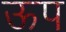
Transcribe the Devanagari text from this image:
ऊप